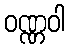
ဝဏ္ဏဝါ